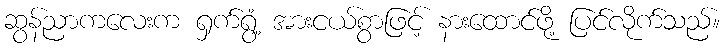
ဆွန်ညာကလေးက ရှက်ရွံ့ အားငယ်စွာဖြင့် နားထောင်ဖို့ ပြင်လိုက်သည်။